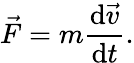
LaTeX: {\vec{F}}=m{\frac{\mathrm{d}{\vec{v}}}{\mathrm{d}t}}.